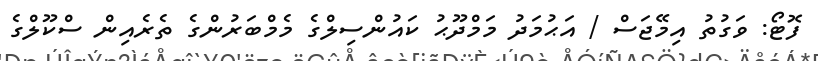
ފޮޓޯ: ވަގުތު އިމޭޖަސް / އަޙުމަދު މަމްދޫޙު ކައުންސިލްގެ މެމްބަރުންގެ ތެރެއިން ސްކޫލްގެ